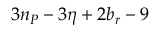
3 n _ { P } - 3 \eta + 2 b _ { r } - 9